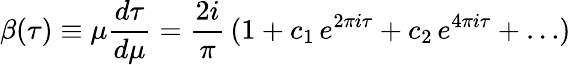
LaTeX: \beta(\tau)\equiv\mu{\frac{d\tau}{d\mu}}={\frac{2i}{\pi}}\, (1+c_{1}\, e^{2\pi i\tau}+c_{2}\, e^{4\pi i\tau}+\ldots)